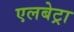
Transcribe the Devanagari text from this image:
एलबेट्रा